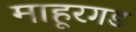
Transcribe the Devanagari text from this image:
माहूरगड